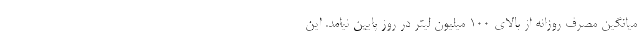
میانگین مصرف روزانه از بالای ۱۰۰ میلیون لیتر در روز پایین نیامد. این